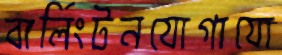
বার্লিংটনযোগাযো